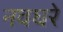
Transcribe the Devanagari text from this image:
नवघरे